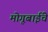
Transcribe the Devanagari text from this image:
मोगूबाईंचे